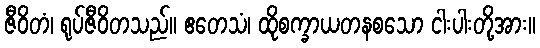
ဇီဝိတံ၊ ရုပ်ဇီဝိတသည်။ ဧတေသံ၊ ထိုစက္ခာယတနစသော ငါးပါးတို့အား။